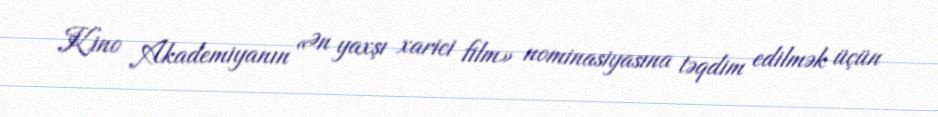
Kino Akademiyanın «Ən yaxşı xarici film» nominasiyasına təqdim edilmək üçün